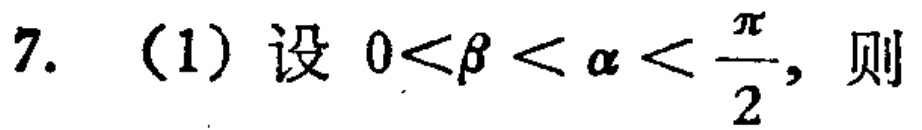
7. (1) 设 \(0<\beta<\alpha<\frac{\pi}{2}\), 则